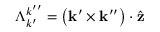
\Lambda _ { k ^ { \prime } } ^ { k ^ { \prime \prime } } = \left( \mathbf { k } ^ { \prime } \times \mathbf { k } ^ { \prime \prime } \right) \cdot \hat { \mathbf { z } }